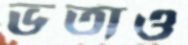
ভর্তাও